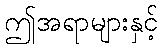
ဤအရာများနှင့်